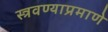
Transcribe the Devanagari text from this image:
स्त्रवण्याप्रमाणे